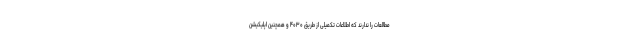
مطالعات را ندارند که اطلاعات تکمیلی از طریق ۴۰۳۰ و همچنین اپلیکیشن